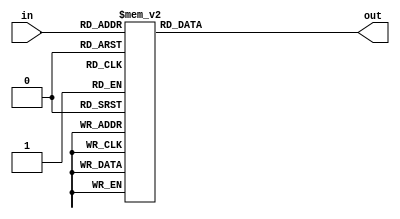
//SevenSegment: MSB of input is decimal, rest gets changed to hex display

module ssDisp(in, out);

input [4:0] in;
output reg [7:0] out;

	always @ (in)
	begin
	
		case (in)
		
		5'b00000:out=8'b11000000;
		5'b00001:out=8'b11111001;
		5'b00010:out=8'b10100100;
		5'b00011:out=8'b10110000;
		5'b00100:out=8'b10011001;
		5'b00101:out=8'b10010010;
		5'b00110:out=8'b10000010;
		5'b00111:out=8'b11111000;
		5'b01000:out=8'b10000000;
		5'b01001:out=8'b10011000;
		5'b01010:out=8'b10001000;
		5'b01011:out=8'b10000011;
		5'b01100:out=8'b10100111;
		5'b01101:out=8'b10100001;
		5'b01110:out=8'b10000110;
		5'b01111:out=8'b10001110;
		5'b10000:out=8'b01000000;
		5'b10001:out=8'b01111001;
		5'b10010:out=8'b00100100;
		5'b10011:out=8'b00110000;
		5'b10100:out=8'b00011001;
		5'b10101:out=8'b00010010;
		5'b10110:out=8'b00000010;
		5'b10111:out=8'b01111000;
		5'b11000:out=8'b00000000;
		5'b11001:out=8'b00011000;
		5'b11010:out=8'b00001000;
		5'b11011:out=8'b00000011;
		5'b11100:out=8'b00100111;
		5'b11101:out=8'b00100001;
		5'b11110:out=8'b00000110;
		5'b11111:out=8'b00001110;
		endcase
	
	end
endmodule